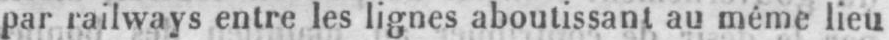
par railways entre les lignes aboutissant au même lieu